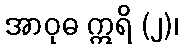
အာဝုဓ ဣရိ (၂)၊